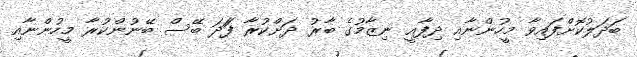
ބަދަލުކޮށްފައިވާ މީހުންނާއި ދިފާއީ ނިޒާމުގެ ބާރު ދަށްކުރާ ފަަދަ ބޭސް ބޭނުންކުރާ މީހުންނާއި